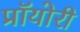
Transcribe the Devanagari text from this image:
प्रॉयोरी